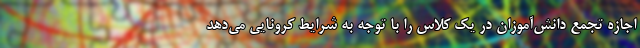
اجازه تجمع دانش‌آموزان در یک کلاس را با توجه به شرایط کرونایی می‌دهد